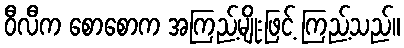
ဝီလီက စောစောက အကြည့်မျိုးဖြင့် ကြည့်သည်။